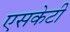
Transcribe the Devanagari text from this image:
एसकेटी